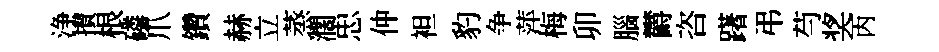
浄攅根磷爪鑽赫立蒸濶忠仲袒豹争萍梅卯腦欝咨躇弔芍奖丙